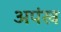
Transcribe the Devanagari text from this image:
अपंख